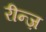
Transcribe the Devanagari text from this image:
रीन्ज़